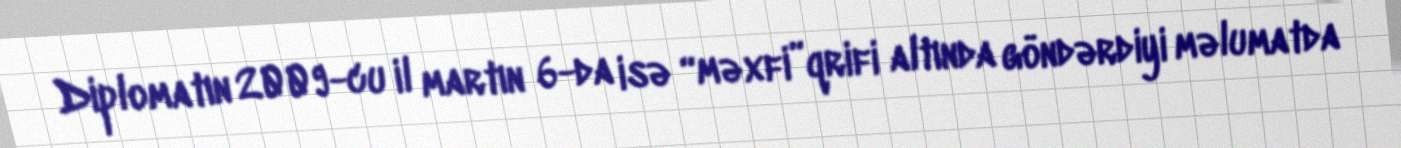
Diplomatın 2009-cu il martın 6-da isə “məxfi”qrifi altında göndərdiyi məlumatda